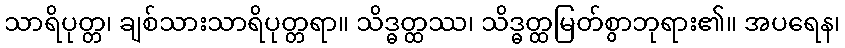
သာရိပုတ္တ၊ ချစ်သားသာရိပုတ္တရာ။ သိဒ္ဓတ္ထဿ၊ သိဒ္ဓတ္ထမြတ်စွာဘုရား၏။ အပရေန၊